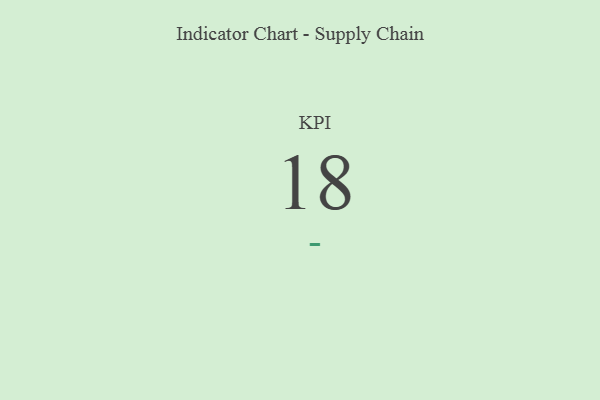
{"axis": {"x": "KPI", "y": "Value"}, "legend": [""], "data": [{"x": "KPI", "y": 18, "type": ""}]}